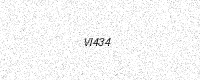
Text: VI434